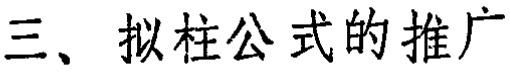
三、拟柱公式的推广